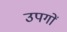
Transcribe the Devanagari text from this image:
उपगों